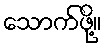
သောက်ဖို့။